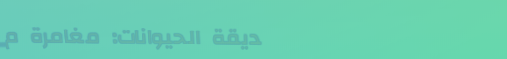
حديقة الحيوانات: مغامرة م